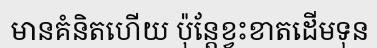
មានគំនិតហើយ ប៉ុន្តែខ្វះខាតដើមទុន